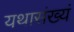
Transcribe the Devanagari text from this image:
यथासंख्यं